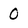
Character: 0